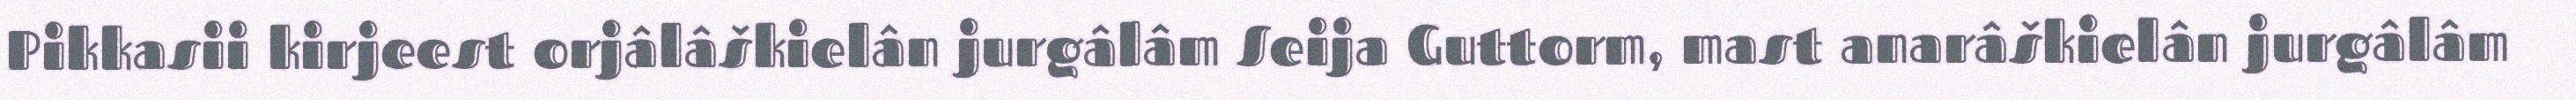
Pikkasii kirjeest orjâlâškielân jurgâlâm Seija Guttorm, mast anarâškielân jurgâlâm